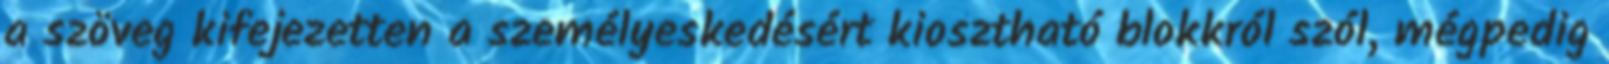
a szöveg kifejezetten a személyeskedésért kiosztható blokkról szól, mégpedig